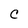
Character: C